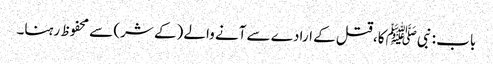
باب : نبیﷺ کا، قتل کے ارادے سے آنے والے (کے شر) سے محفوظ رہنا۔